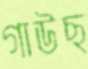
গাউছ